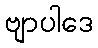
ဗျာပါဒေ